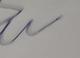
Signature authenticity: forged